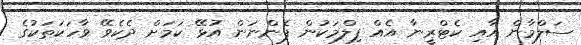
ސަލްމާން އާއި ކެޓްރީނާ އެއް ފިލްމަކުން ފެންނަން އުޅޭ ކަމަށް ދެކެވޭ ވާހަކަތަކުގެ